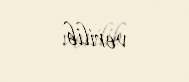
verilib.